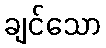
ချင်သော